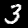
Digit: 3